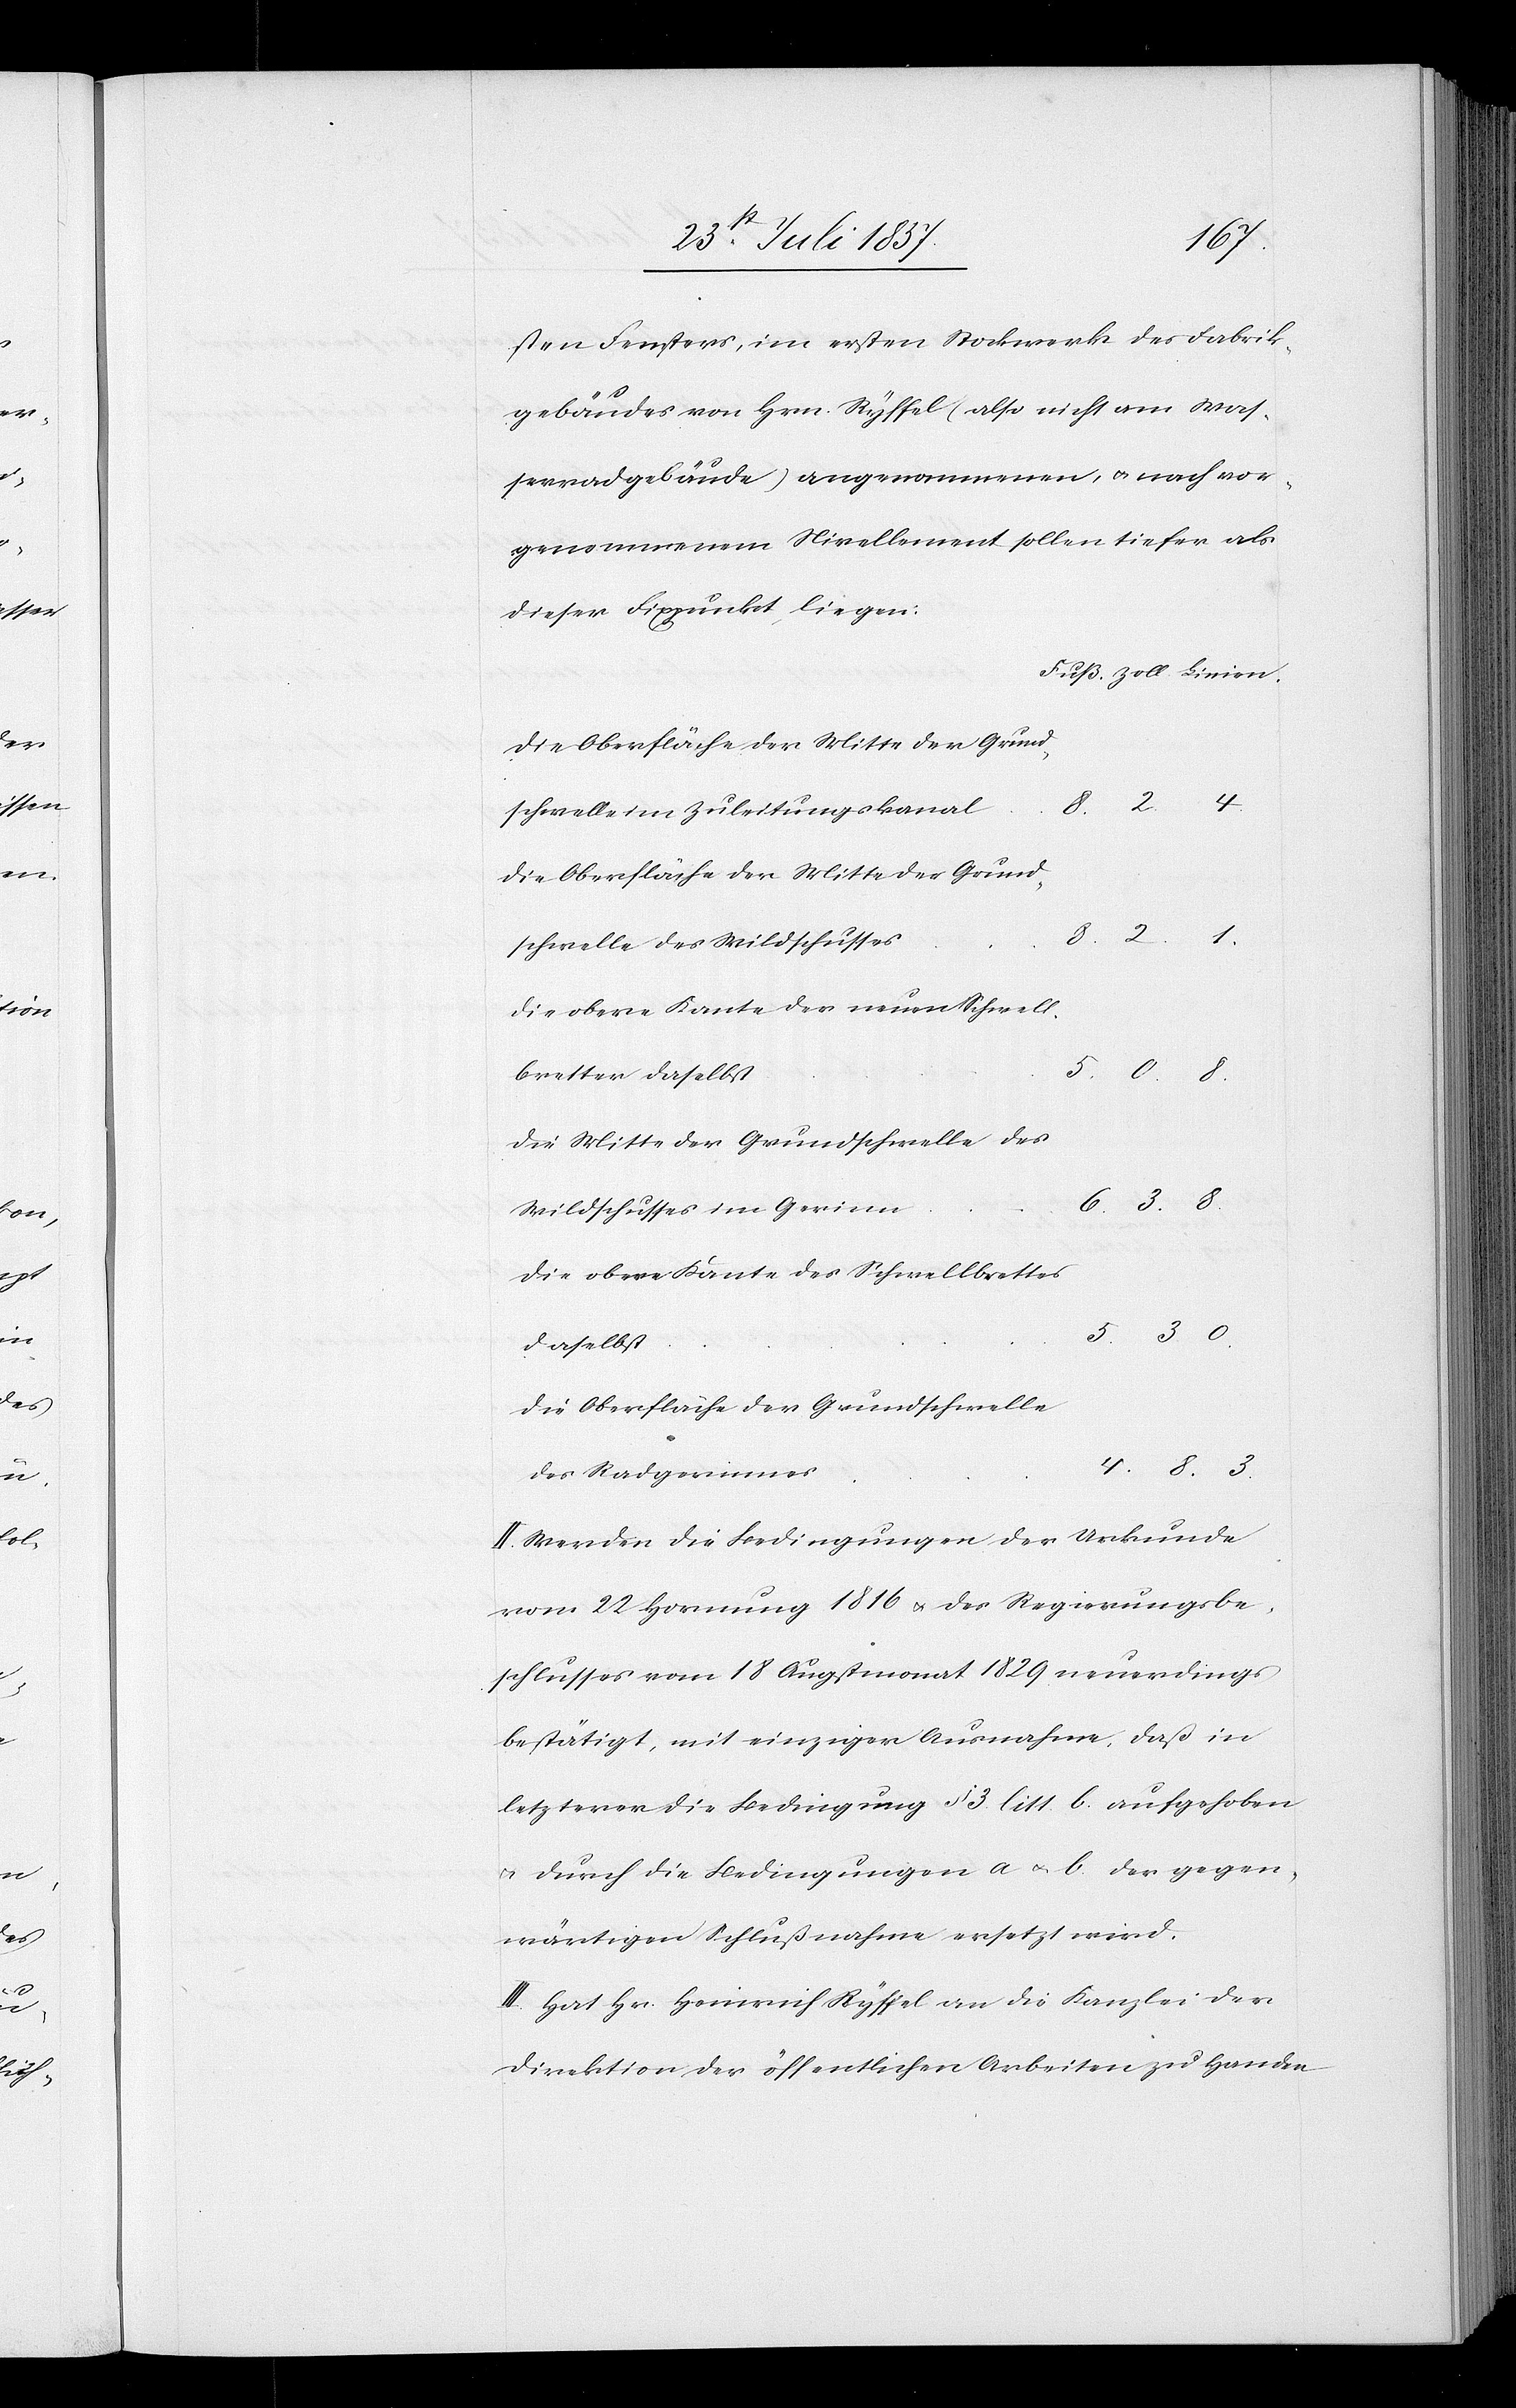
2

sten Fensters, im ersten Stockwerk des Fabrik¬
gebäudes von Hrn. Ryffel (also nicht am Was¬
serradgebäude) angenommen & nach vor¬
genommenem Nivellement sollen tiefer als
dieser Fixpunkt liegen:
Die Oberfläche der Mitte der Grund¬
schwelle im Zuleitungskanal
schwelle des Wildflusses
Die obere Kante der neuen Schwell¬
bretter daselbst.
Die Mitte der Grundschwelle des
Wildflusses im Gerinn
Die obere Kante des Schwellbrettes
daselbst
Die Oberfläche der Grundschwelle
des Radgerinnes
II. Werden die Bedingungen der Urkunde
vom 22 Hornung 1816 & des Regierungsbe¬
schlusses vom 18 Augstmonat 1829 neuerdings
bestätigt, mit einziger Ausnahme, daß in
letzterer die Bedingung § 3 litt b aufgehoben
& durch die Bedingungen a & b. der gegen¬
wärtigen Schlußnahme ersetzt wird.
III. Hat Hr. Heinrich Ryffel an die Kanzlei der
Direktion der öffentlichen Arbeiten zu Handen